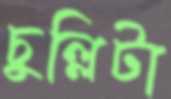
চুল্লিটা